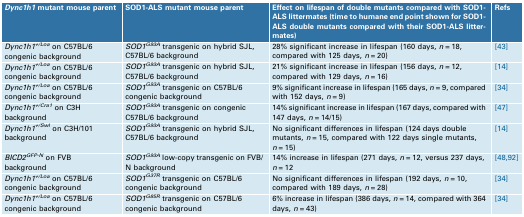
<table><thead><tr><td><b><i>Dync1h1</i> mutant mouse parent</b></td><td><b>SOD1-ALS mutant mouse parent</b></td><td><b>Effect on lifespan of double mutants compared with SOD1-ALS littermates (time to humane end point shown for SOD1-ALS double mutants compared with their SOD1-ALS littermates)</b></td><td><b>Refs</b></td></tr></thead><tbody><tr><td><i>Dync1h1</i><sup><i>+/Loa</i></sup> on C57BL/6 congenic background</td><td><i>SOD1</i><sup><i>G93A</i></sup> transgenic on hybrid SJL, C57BL/6 background</td><td>28% significant increase in lifespan (160 days, <i>n</i> = 18, compared with 125 days, <i>n</i> = 20)</td><td>[43]</td></tr><tr><td><i>Dync1h1</i><sup><i>+/Loa</i></sup> on C57BL/6 congenic background</td><td><i>SOD1</i><sup><i>G93A</i></sup> transgenic on hybrid SJL, C57BL/6 background</td><td>21% significant increase in lifespan (156 days, <i>n</i> = 12, compared with 129 days, <i>n</i> = 16)</td><td>[14]</td></tr><tr><td><i>Dync1h1</i><sup><i>+/Loa</i></sup> on C57BL/6 congenic background</td><td><i>SOD1</i><sup><i>G93A</i></sup> transgenic on C57BL/6 congenic background</td><td>9% significant increase in lifespan (165 days, <i>n</i> = 9, compared with 152 days, <i>n</i> = 9)</td><td>[34]</td></tr><tr><td><i>Dync1h1</i><sup><i>+/Cra1</i></sup> on C3H background</td><td><i>SOD1</i><sup><i>G93A</i></sup> transgenic on congenic C57BL/6 background</td><td>14% significant increase in lifespan (167 days, compared with 147 days, <i>n</i> = 14/15)</td><td>[47]</td></tr><tr><td><i>Dync1h1</i><sup><i>+/Swl</i></sup> on C3H/101 background</td><td><i>SOD1</i><sup><i>G93A</i></sup> transgenic on hybrid SJL, C57BL/6 background</td><td>No significant differences in lifespan (124 days double mutants, <i>n</i> = 15, compared with 122 days single mutants, <i>n</i> = 15)</td><td>[14]</td></tr><tr><td><i>BICD2</i><sup><i>GFP-N</i></sup> on FVB background</td><td><i>SOD1</i><sup><i>G93A</i></sup> low-copy transgenic on FVB/N background</td><td>14% increase in lifespan (271 days, <i>n</i> = 12, versus 237 days, <i>n</i> = 12</td><td>[48,92]</td></tr><tr><td><i>Dync1h1</i><sup><i>+/Loa</i></sup> on C57BL/6 congenic background</td><td><i>SOD1</i><sup><i>G37R</i></sup> transgenic on C57BL/6 congenic background</td><td>No significant differences in lifespan (192 days, <i>n</i> = 10, compared with 189 days, <i>n</i> = 28)</td><td>[34]</td></tr><tr><td><i>Dync1h1</i><sup><i>+/Loa</i></sup> on C57BL/6 congenic background</td><td><i>SOD1</i><sup><i>G85R</i></sup> transgenic on C57BL/6 congenic background</td><td>6% increase in lifespan (386 days, <i>n</i> = 14, compared with 364 days, <i>n</i> = 43)</td><td>[34]</td></tr></tbody></table>